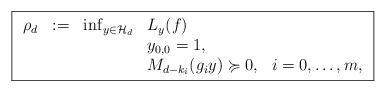
LaTeX: \begin{align*}\boxed{\begin{array}{rclll}\rho_d & := & \inf_{y\in \mathcal{H}_d} & L_y(f) & \\ & & & y_{0,0} = 1, & \\ & & & M_{d-k_i}(g_iy) \succcurlyeq 0, & i = 0, \hdots, m,\end{array}}\end{align*}